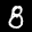
Label: 8